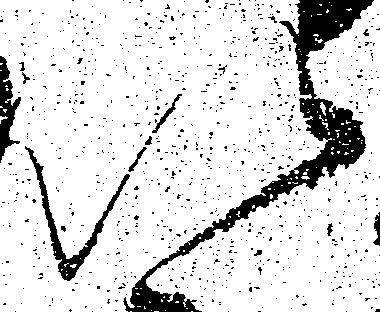
以